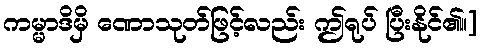
ကမ္မာဒိမှိ ဏောသုတ်ဖြင့်လည်း ဤရုပ် ပြီးနိုင်၏။]